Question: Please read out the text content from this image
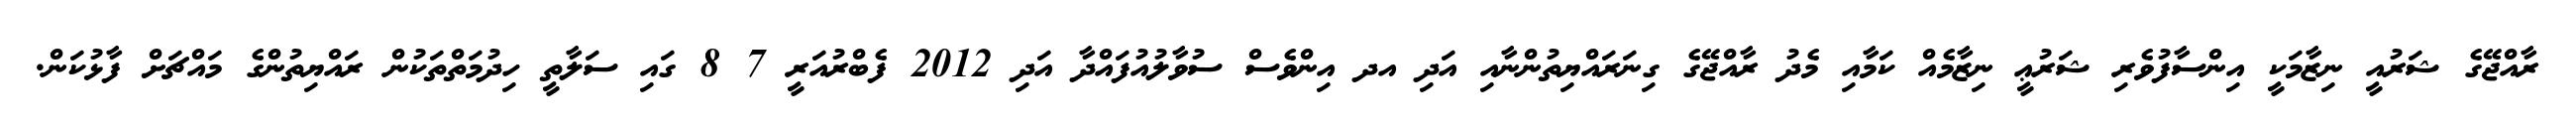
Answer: ރާއްޖޭގެ ޝަރުއީ ނިޒާމަކީ އިންސާފުވެރި ޝަރުޢީ ނިޒާމެއް ކަމާއި މެދު ރާއްޖޭގެ ގިނަރައްޔިތުންނާއި އަދި އދ އިންވެސް ސުވާލުއުފައްދާ އަދި 2012 ފެބްރުއަރީ 7 8 ގައި ސަލާތީ ހިދުމަތްތަކުން ރައްޔިތުންގެ މައްޗަށް ފާޅުކަން.